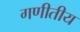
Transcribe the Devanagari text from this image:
गणीतीय